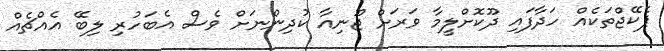
ޕެކޭޖްތަކެއް ހަދާފައި ދޫކޮށްލީމާ ވަރަށް ޖޫނިއާ ކުދިންނަށް ވެސް އެބަހުރި ލިބޭ އެއްޗެއް